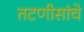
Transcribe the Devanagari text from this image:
तटणीसांचे